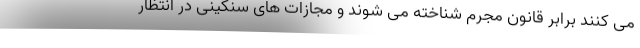
می کنند برابر قانون مجرم شناخته می شوند و مجازات های سنگینی در انتظار